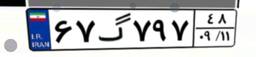
۶۷گ۷۹۷۴۸